Malaria in the Duars
Disease focus: Malaria
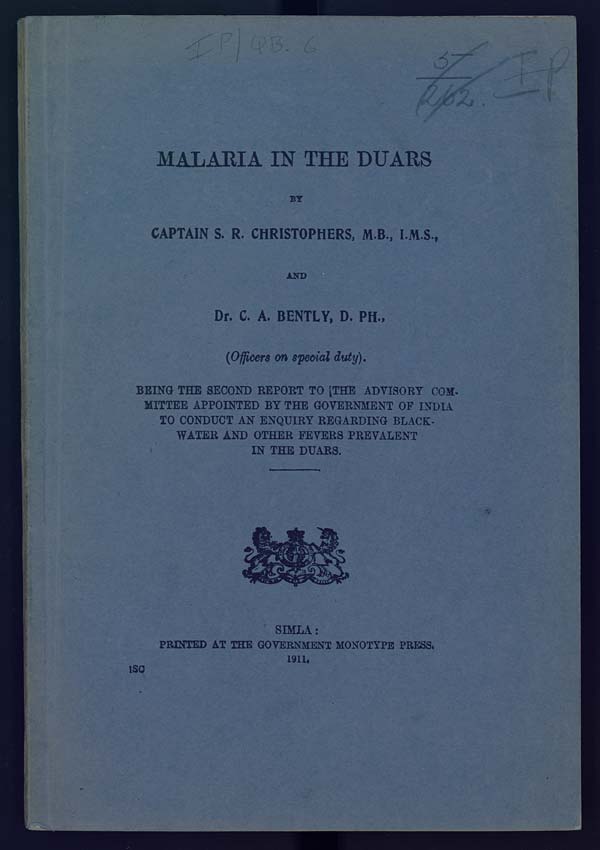
MALARIA IN THE DUARS
BY
CAPTAIN S. R. CHRISTOPHERS, M.B., I.M.S.,
AND
Dr. C. A. BENTLY, D. PH.,
(Officers on special duty).
BEING THE SECOND REPORT TO THE ADVISORY COMMITTEE
APPOINTED BY THE GOVERNMENT OF INDIA
TO CONDUCT AN ENQUIRY REGARDING BLACK-
WATER AND OTHER FEVERS PREVALENT
IN THE DUARS.
SIMLA:
PRINTED AT THE GOVERNMENT MONOTYPE PRESS.
1911.
ISC